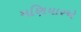
મણિયારએ